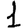
Digit: 1